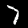
Digit: 7